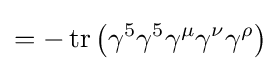
=-\operatorname {tr} \left(\gamma ^{5}\gamma ^{5}\gamma ^{\mu }\gamma ^{\nu }\gamma ^{\rho }\right)